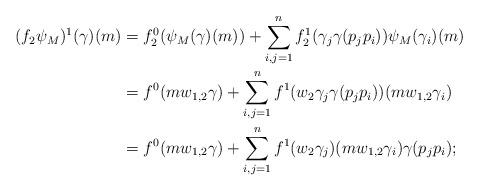
LaTeX: \begin{align*}(f_2\psi_M)^1(\gamma)(m) &= f_2^0(\psi_M(\gamma)(m)) + \sum_{i,j=1}^{n} f_2^1(\gamma_j\gamma(p_jp_i))\psi_M(\gamma_i)(m)\\ &= f^0(m w_{1,2} \gamma) + \sum_{i,j=1}^{n} f^1(w_2 \gamma_j\gamma(p_jp_i))(m w_{1,2} \gamma_i)\\ &= f^0(m w_{1,2} \gamma) + \sum_{i,j=1}^{n} f^1(w_2 \gamma_j)(m w_{1,2} \gamma_i)\gamma(p_jp_i);\end{align*}